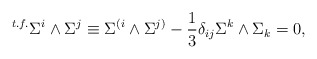
\begin{align*}{}^{t.f.} \Sigma^i \wedge \Sigma^j \equiv \Sigma^{(i} \wedge \Sigma^{j)} - {1 \over 3} \delta_{ij} \Sigma^k \wedge \Sigma_k = 0,\end{align*}